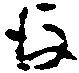
後